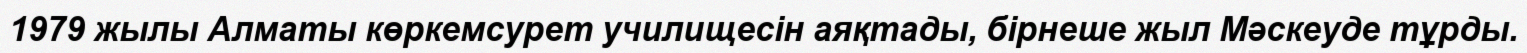
1979 жылы Алматы көркемсурет училищесін аяқтады, бірнеше жыл Мәскеуде тұрды.